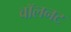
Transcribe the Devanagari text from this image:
वॉलनट